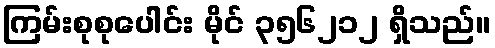
ကြမ်းစုစုပေါင်း မိုင် ၃၅၆၂၁၂ ရှိသည်။